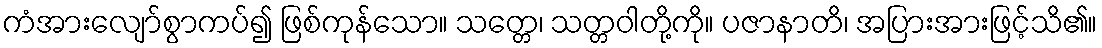
ကံအားလျော်စွာကပ်၍ ဖြစ်ကုန်သော။ သတ္တေ၊ သတ္တဝါတို့ကို။ ပဇာနာတိ၊ အပြားအားဖြင့်သိ၏။